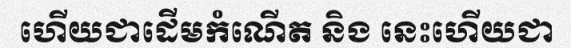
ហើយជាដើមកំណើត និង នេះហើយជា